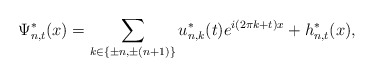
\begin{align*}\Psi_{n,t}^{\ast}(x)=\sum_{k\in\left\{ \pm n,\pm(n+1)\right\} }u_{n,k}^{\ast}(t)e^{i(2\pi k+t)x}+h_{n,t}^{\ast}(x),\end{align*}